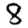
Digit: 8